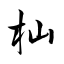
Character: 杣